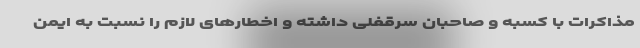
مذاکرات با کسبه و صاحبان سرقفلی داشته و اخطارهای لازم را نسبت به ایمن